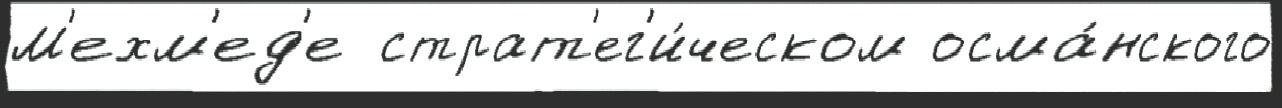
М'ехм'ед'е  страт'ег'и́ческом осма́нского